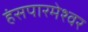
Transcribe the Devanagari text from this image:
हंसपारमेश्वर